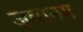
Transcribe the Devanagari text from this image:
ज़वानग